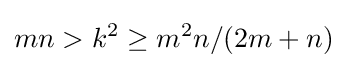
mn>k^{2}\geq m^{2}n/(2m+n)